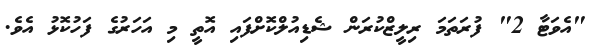
"އެވަޓާ 2" ފުރަތަމަ ރިލީޒްކުރަން ޝެޑިއުލްކޮށްފައި އޮތީ މި އަހަރުގެ ފަހުކޮޅު އެވެ.